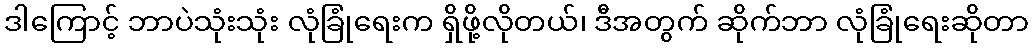
ဒါကြောင့် ဘာပဲသုံးသုံး လုံခြုံရေးက ရှိဖို့လိုတယ်၊ ဒီအတွက် ဆိုက်ဘာ လုံခြုံရေးဆိုတာ